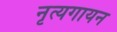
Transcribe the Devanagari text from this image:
नृत्यगायन